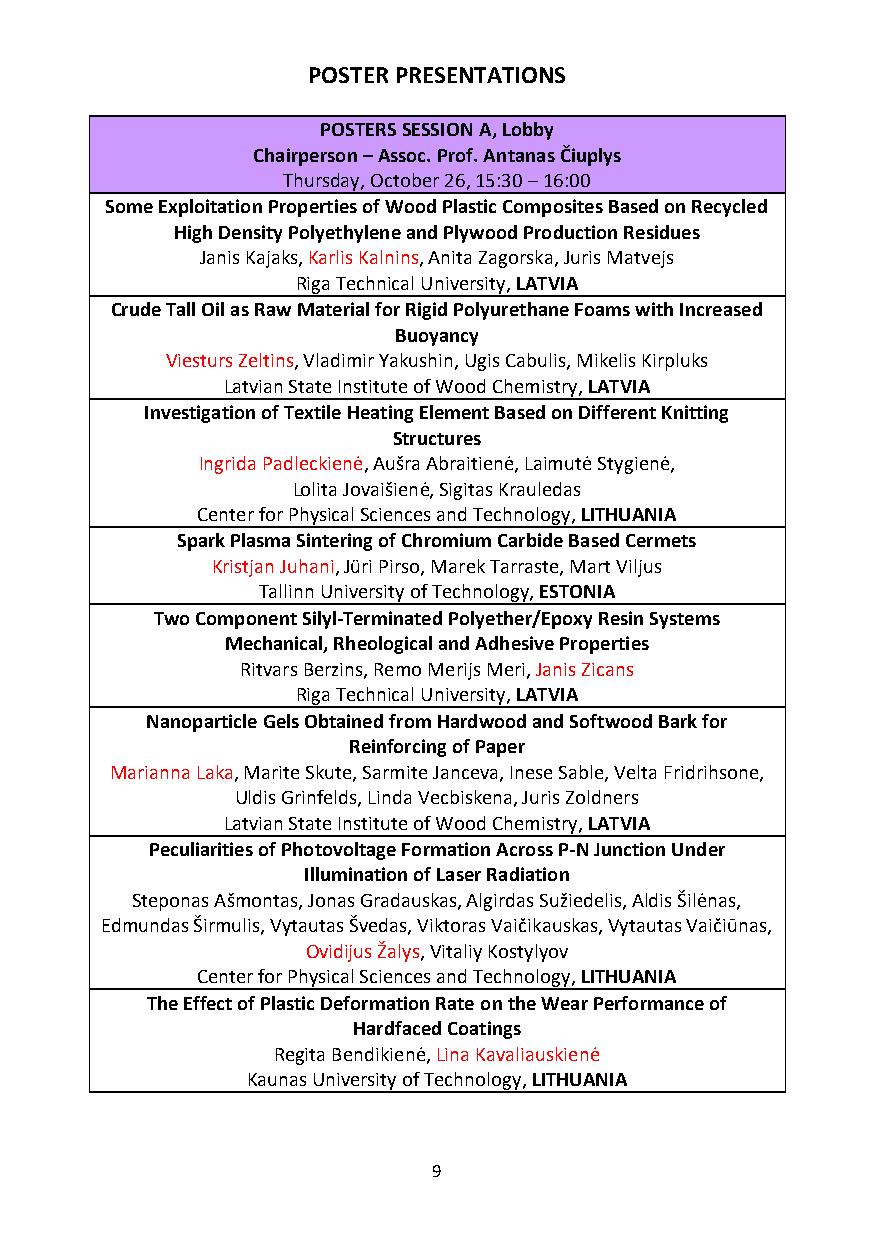
POSTER PRESENTATIONS
 POSTERS SESSION A, Lobby
 Chairperson – Assoc. Prof. Antanas Čiuplys
 Thursday, October 26, 15:30 – 16:00
 Some Exploitation Properties of Wood Plastic Composites Based on Recycled
 High Density Polyethylene and Plywood Production Residues
 Janis Kajaks, Karlis Kalnins, Anita Zagorska, Juris Matvejs
 Riga Technical University, LATVIA
 Crude Tall Oil as Raw Material for Rigid Polyurethane Foams with Increased
 Buoyancy
 Viesturs Zeltins, Vladimir Yakushin, Ugis Cabulis, Mikelis Kirpluks
 Latvian State Institute of Wood Chemistry, LATVIA
 Investigation of Textile Heating Element Based on Different Knitting
 Structures
 Ingrida Padleckienė, Aušra Abraitienė, Laimutė Stygienė,
 Lolita Jovaišienė, Sigitas Krauledas
 Center for Physical Sciences and Technology, LITHUANIA
 Spark Plasma Sintering of Chromium Carbide Based Cermets
 Kristjan Juhani, Jüri Pirso, Marek Tarraste, Mart Viljus
 Tallinn University of Technology, ESTONIA
 Two Component Silyl-Terminated Polyether/Epoxy Resin Systems
 Mechanical, Rheological and Adhesive Properties
 Ritvars Berzins, Remo Merijs Meri, Janis Zicans
 Riga Technical University, LATVIA
 Nanoparticle Gels Obtained from Hardwood and Softwood Bark for
 Reinforcing of Paper
 Marianna Laka, Marite Skute, Sarmite Janceva, Inese Sable, Velta Fridrihsone,
 Uldis Grinfelds, Linda Vecbiskena, Juris Zoldners
 Latvian State Institute of Wood Chemistry, LATVIA
 Peculiarities of Photovoltage Formation Across P-N Junction Under
 Illumination of Laser Radiation
 Steponas Ašmontas, Jonas Gradauskas, Algirdas Sužiedelis, Aldis Šilėnas,
 Edmundas Širmulis, Vytautas Švedas, Viktoras Vaičikauskas, Vytautas Vaičiūnas,
 Ovidijus Žalys, Vitaliy Kostylyov
 Center for Physical Sciences and Technology, LITHUANIA
 The Effect of Plastic Deformation Rate on the Wear Performance of
 Hardfaced Coatings
 Regita Bendikienė, Lina Kavaliauskienė
 Kaunas University of Technology, LITHUANIA
 9